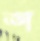
শ